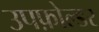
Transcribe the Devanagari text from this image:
उपफ़ोल्डर